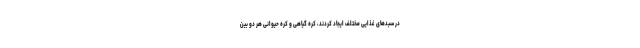
در سبد‌های غذایی مختلف ایجاد کردند، کره گیاهی و کره حیوانی هر دو بین